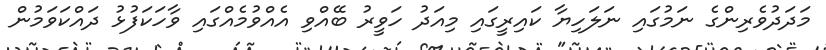
މަދަދުވެރިންގެ ނަމުގައި ނަލަހިޔާ ކައިރީގައި މިއަދު ހަވީރު ބޭއްވި އެއްވުމެއްގައި ވާހަކަފުޅު ދައްކަވަމުން